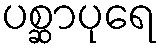
ပစ္ဆာပုရေ